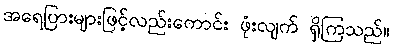
အရေပြားများဖြင့်လည်းကောင်း ဖုံးလျက် ရှိကြသည်။